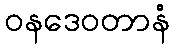
ဝနဒေဝတာနံ